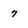
Character: 7